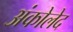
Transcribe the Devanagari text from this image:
अंकोलेद